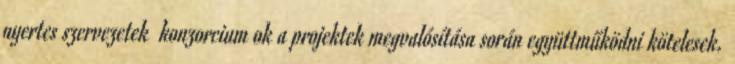
nyertes szervezetek konzorcium ok a projektek megvalósítása során együttműködni kötelesek.